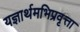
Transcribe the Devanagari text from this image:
यज्ञार्थमभिप्रवृत्ता